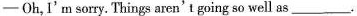
-Oh,I'm sorry. Things aren't going so well as___.